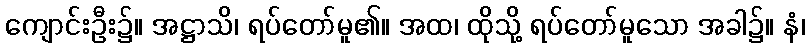
ကျောင်းဦး၌။ အဋ္ဌာသိ၊ ရပ်တော်မူ၏။ အထ၊ ထိုသို့ ရပ်တော်မူသော အခါ၌။ နံ၊